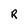
Character: R